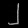
Digit: ၂